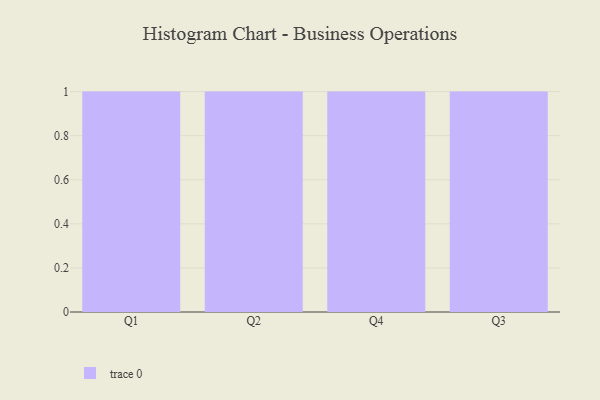
{"axis": {"x": "Quarter", "y": "Market Share (%)"}, "legend": [""], "data": [{"x": "Q1", "y": 85, "type": ""}, {"x": "Q2", "y": 98, "type": ""}, {"x": "Q4", "y": 14, "type": ""}, {"x": "Q3", "y": 3, "type": ""}]}